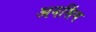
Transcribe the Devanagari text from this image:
अनसिंग